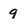
Character: 9